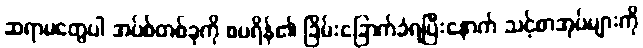
ဆရာမတွေပါ အပ်စ်တစ်ခုကို စပရိန်၏ ခြိမ်းခြောက်ခံရပြီးနောက် သင့်စာအုပ်များကို